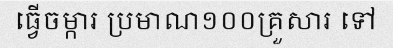
ធ្វើចម្ការ ប្រមាណ១០០គ្រួសារ ទៅ